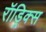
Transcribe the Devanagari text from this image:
रॉड्रिक्स